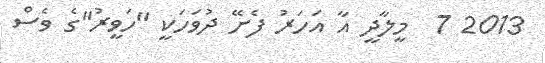
2013 7  މީލާދީ އާ އަހަރު ފެށޭ ދުވަހަކީ "ހަވީރު"ގެ ވެސް